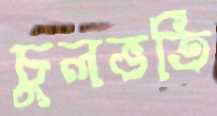
চুলভর্তি